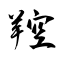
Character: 羫